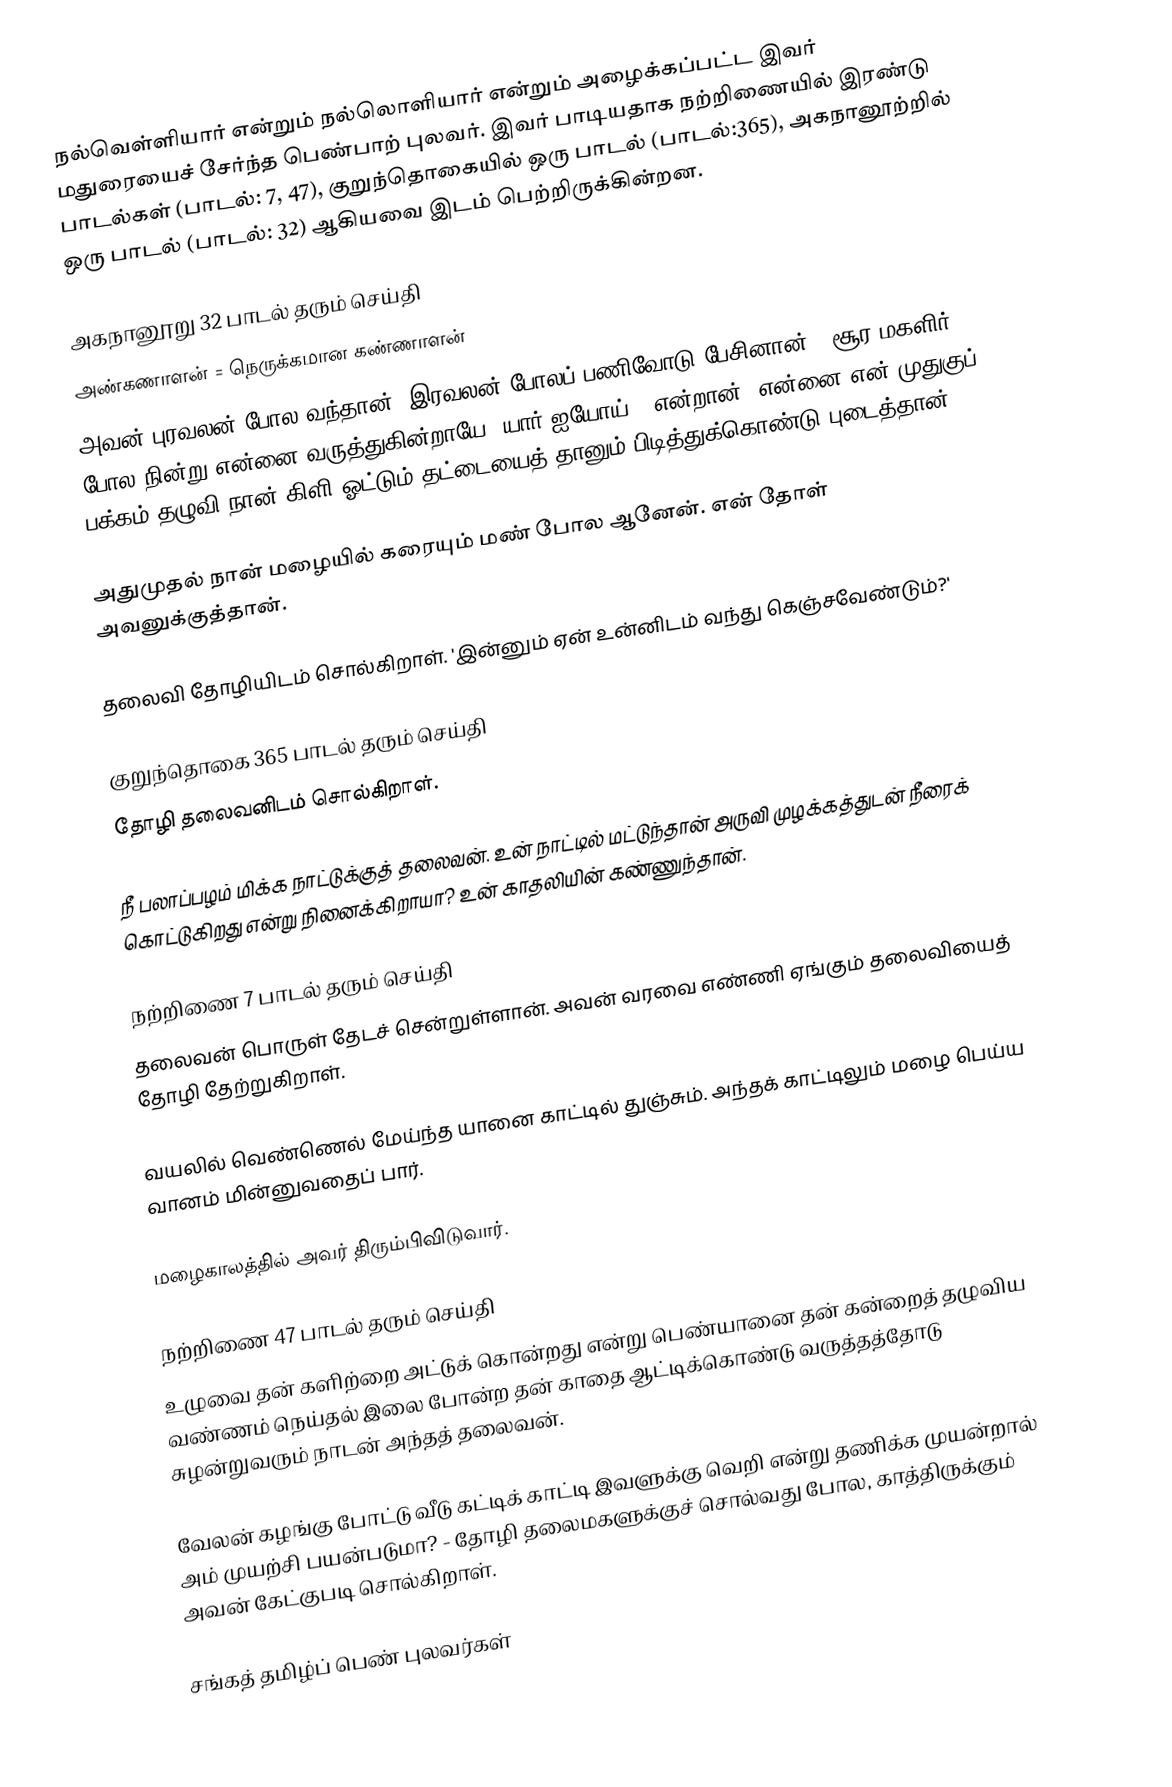
நல்வெள்ளியார் என்றும் நல்லொளியார் என்றும் அழைக்கப்பட்ட இவர் மதுரையைச் சேர்ந்த பெண்பாற் புலவர். இவர் பாடியதாக நற்றிணையில் இரண்டு பாடல்கள் (பாடல்: 7, 47), குறுந்தொகையில் ஒரு பாடல் (பாடல்:365), அகநானூற்றில் ஒரு பாடல் (பாடல்: 32) ஆகியவை இடம் பெற்றிருக்கின்றன.

அகநானூறு 32 பாடல் தரும் செய்தி
 அண்கணாளன் = நெருக்கமான கண்ணாளன்
அவன் புரவலன் போல வந்தான். இரவலன் போலப் பணிவோடு பேசினான். 'சூர மகளிர் போல நின்று என்னை வருத்துகின்றாயே! யார் ஐயோய்?' என்றான். என்னை என் முதுகுப் பக்கம் தழுவி நான் கிளி ஓட்டும் தட்டையைத் தானும் பிடித்துக்கொண்டு புடைத்தான்.

அதுமுதல் நான் மழையில் கரையும் மண் போல ஆனேன். என் தோள் அவனுக்குத்தான்.

தலைவி தோழியிடம் சொல்கிறாள். 'இன்னும் ஏன் உன்னிடம் வந்து கெஞ்சவேண்டும்?'

குறுந்தொகை 365 பாடல் தரும் செய்தி
தோழி தலைவனிடம் சொல்கிறாள்.

நீ பலாப்பழம் மிக்க நாட்டுக்குத் தலைவன். உன் நாட்டில் மட்டுந்தான் அருவி முழக்கத்துடன் நீரைக் கொட்டுகிறது என்று நினைக்கிறாயா? உன் காதலியின் கண்ணுந்தான்.

நற்றிணை 7 பாடல் தரும் செய்தி
தலைவன் பொருள் தேடச் சென்றுள்ளான். அவன் வரவை எண்ணி ஏங்கும் தலைவியைத் தோழி தேற்றுகிறாள்.

வயலில் வெண்ணெல் மேய்ந்த யானை காட்டில் துஞ்சும். அந்தக் காட்டிலும் மழை பெய்ய வானம் மின்னுவதைப் பார்.

மழைகாலத்தில் அவர் திரும்பிவிடுவார்.

நற்றிணை 47 பாடல் தரும் செய்தி
உழுவை தன் களிற்றை அட்டுக் கொன்றது என்று பெண்யானை தன் கன்றைத் தழுவிய வண்ணம் நெய்தல் இலை போன்ற தன் காதை ஆட்டிக்கொண்டு வருத்தத்தோடு சுழன்றுவரும் நாடன் அந்தத் தலைவன்.

வேலன் கழங்கு போட்டு வீடு கட்டிக் காட்டி இவளுக்கு வெறி என்று தணிக்க முயன்றால் அம் முயற்சி பயன்படுமா? - தோழி தலைமகளுக்குச் சொல்வது போல, காத்திருக்கும் அவன் கேட்குபடி சொல்கிறாள்.

சங்கத் தமிழ்ப் பெண் புலவர்கள்